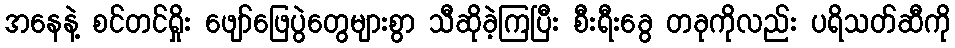
အနေနဲ့ စင်တင်ရှိုး ဖျော်ဖြေပွဲတွေများစွာ သီဆိုခဲ့ကြပြီး စီးရီးခွေ တခုကိုလည်း ပရိသတ်ဆီကို